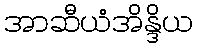
အာဆီယံအိန္ဒိယ